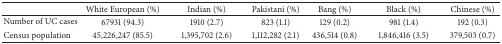
<table><thead><tr><td><b> </b></td><td><b>White European (%)</b></td><td><b>Indian (%)</b></td><td><b>Pakistani (%)</b></td><td><b>Bang (%)</b></td><td><b>Black (%)</b></td><td><b>Chinese (%)</b></td></tr></thead><tbody><tr><td>Number of UC cases</td><td>67931 (94.3)</td><td>1910 (2.7)</td><td>823 (1.1)</td><td>129 (0.2)</td><td>981 (1.4)</td><td>192 (0.3)</td></tr><tr><td>Census population</td><td>45,226,247 (85.5)</td><td>1,395,702 (2.6)</td><td> 1,112,282 (2.1)</td><td> 436,514 (0.8)</td><td>1,846,416 (3.5)</td><td>379,503 (0.7)</td></tr></tbody></table>